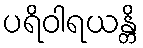
ပရိဝါရယန္တိ